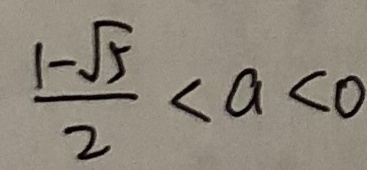
\frac { 1 - \sqrt { 5 } } { 2 } < a < 0